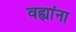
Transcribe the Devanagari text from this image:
वह्यांना